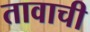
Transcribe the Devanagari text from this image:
तावाची